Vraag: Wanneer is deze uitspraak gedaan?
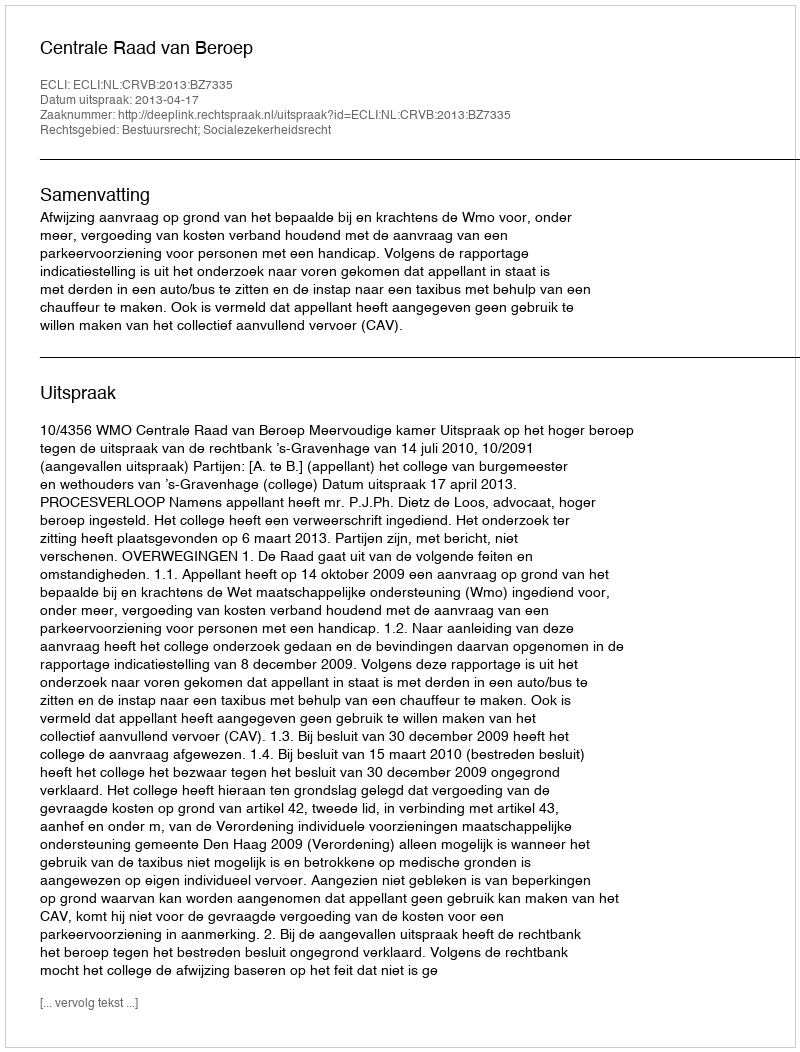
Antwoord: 2013-04-17